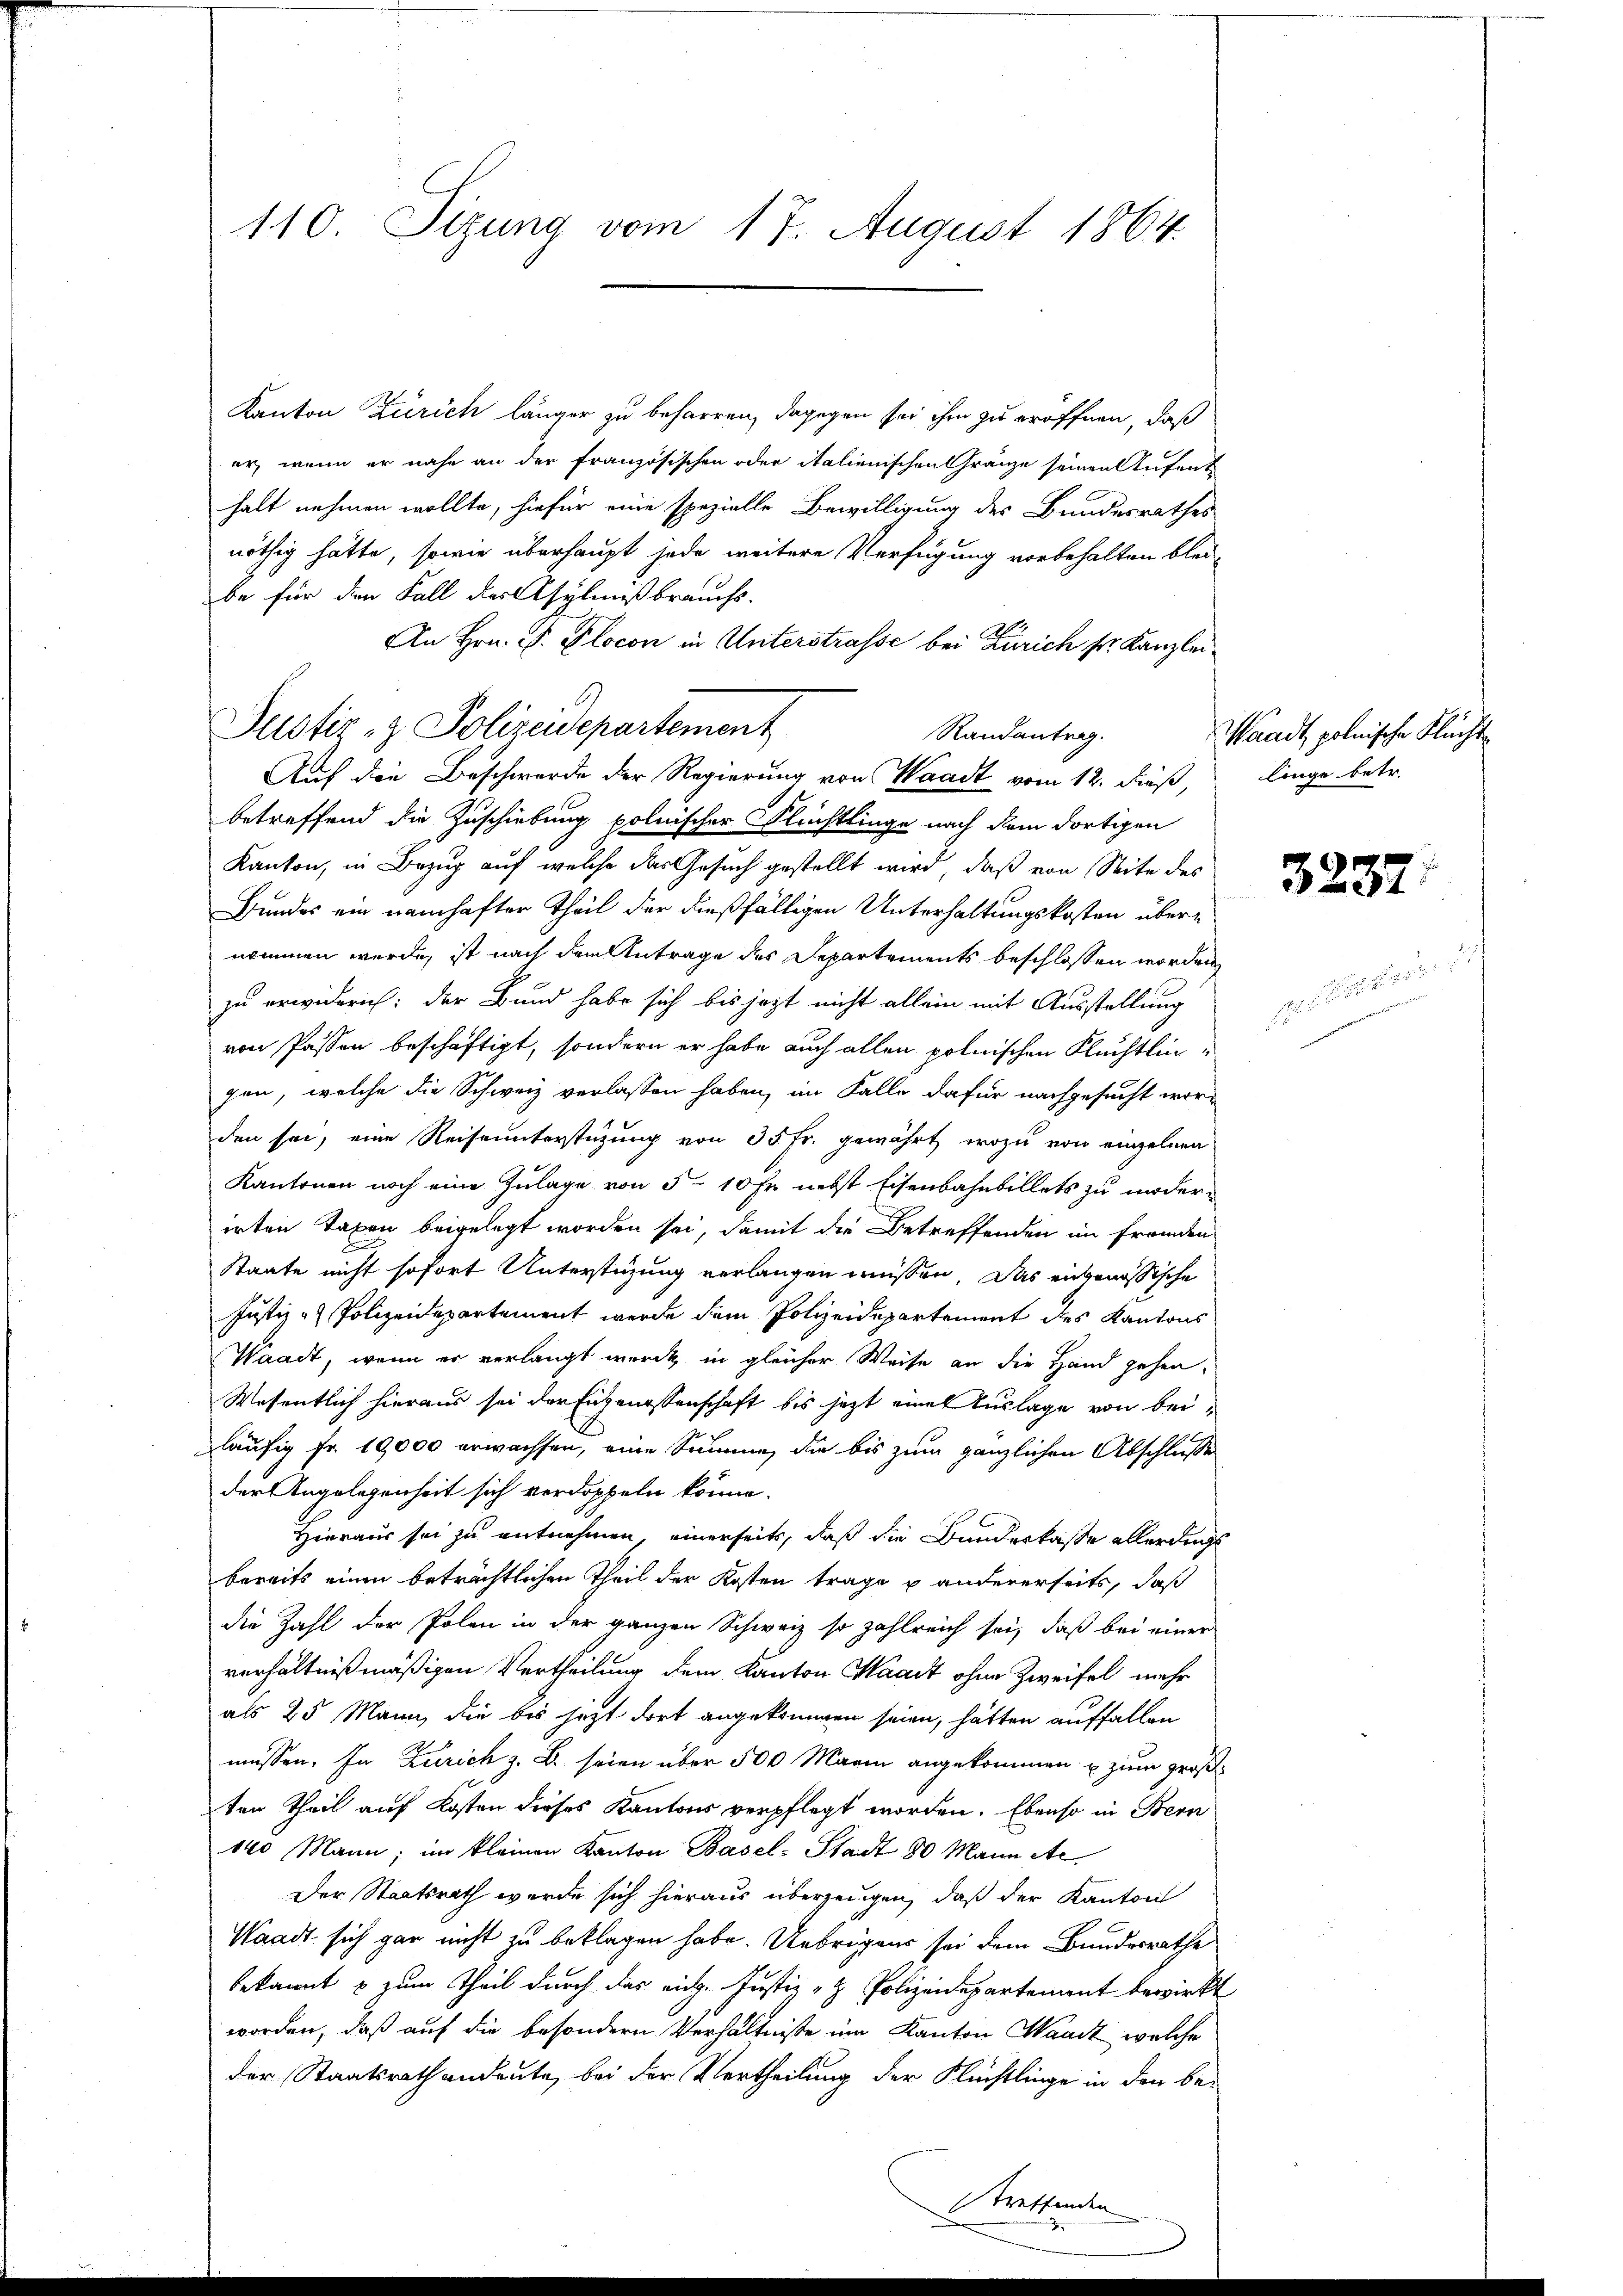
110. Sizung vom 17. August 1864.

Kanton Zürich länger zu beharren, dagegen sei ihm zu eröffnen, daß
er, wenn er nahe an der französischen oder italienischen Gränze seinen Stufent
halt nehmen wollte, hiefür eine spezielle Bewilligung des Bundesrathes
nöthig hätte, sowie überhaupt jede weitere Verfügung vorbehalten bleibe für den Fall der Asylnißbrauchs.
An Hrn. F. Plocon in Unterstrasse bei Zürich sr. Kanzlei¬
Justiz- & Polizeidepartement
Randantrag.
Auf die Beschwerde der Regierung von Waadt vom 12. dieß,
betreffend die Zuschiebung polnischer Flüchtlinge nach dem dortigen
Kanton, in Bezug auf welche das Gesuch gestellt wird, daß von Seite des
Bundes ein namhafter Theil der dießfälligen Unterhaltungskosten übernommen werde, ist nach dem Antrage des Departements beschlossen worden
zu erwidern: der Bund habe sich bis jezt nicht allein mit Ausstellung
von Passen beschäftigt, sondern er habe auch allen polnischen Fluchtlingen, welche die Schweiz verlassen haben, im Falle dafür nachgesucht worden sei, eine Reiseunterstüzung von 35 Fr. gewährt, wozu von einzelnen
Kantonen noch eine Zulage von 5 - 10 Fr. nebst Eisenbahnbillets zu niderirten Taxen beigelegt worden sei, damit die Betreffenden im Fremden
Staate nicht sofort Unterstüzung verlangen müssen. Das eingenössische
Justiz & Polizeidepartement werde dem Polizeidepartement des Kantons
Waadt, wenn er verlangt werde, in gleicher Weise an die Hand gehen.
Wesentlich hieraus sei der Eigenossenschaft bis jetzt eines Auslage von beiläufig fr. 19,000 erwachsen, eine Summe, die bis zum gänzlichen Abschlusse
der Angelegenheit sich verdoppeln könne.
Hieraus sei zu entnehmen, einerseits, daß die Bunderkasse allerdings
bereits einen beträchtlichen Theil der Kosten trage u andererseits, daß
die Zahl der Polen in der ganzen Schweiz so zahlreich sei, daß bei einer
verhältnißmäßigen Vertheilung dem Kanton Waadt ohne Zweifel mehr
als 25 Mann, die bis jetzt dort angekommen seien, hätten auffallen
müssen. In Zürich z. B. seien über 500 Marin angekommen u zum großten Theil auf Kosten dieses Kantons verpflegt worden. Ebenso in Bern
140 Mann; im kleinen Kanton Basel-Stadt 80 Mann etc.
Der Staatsrath wurde sich hieraus überzeugen, daß der Kanton
Waadt sich gar nicht zu beklagen habe. Uebrigens sei dem Bundesrathe
bekannt & zum Theil durch das eige Justiz- & Polizeidepartement bewirkt
worden, daß auf die besondern Verhältnisse im Kanton Waadt, welche
der Staatsrath andeute, bei der Vertheilung der Flüchtlinge in den be¬
Treffenden

Waadt, polnische Flucht
linge betr.

3237.

ger erfor